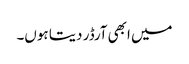
میں ابھی آرڈر دیتا ہوں۔